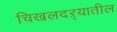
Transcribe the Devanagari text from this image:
चिखलदऱ्यातील